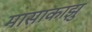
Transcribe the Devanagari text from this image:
मासाकाझु